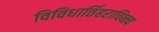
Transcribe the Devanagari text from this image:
विविधार्तिहराचिन्त्य